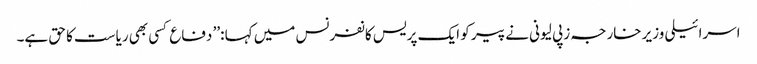
اسرائیلی وزیر خارجہ زپی لیونی نے پیر کو ایک پریس کانفرنس میں کہا :’’ دفاع کسی بھی ریاست کا حق ہے۔